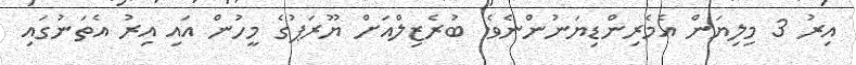
އިރު 3 މިލިޔަން އެމެރިންޑިޔަނުންނެވެ. ބުރެޒިލްއަށް ޔޫރަޕުގެ މީހުން އައި އިރު އެތަނުގައި